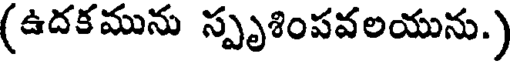
(ఉదకమును స్పృశింపవలయును.)